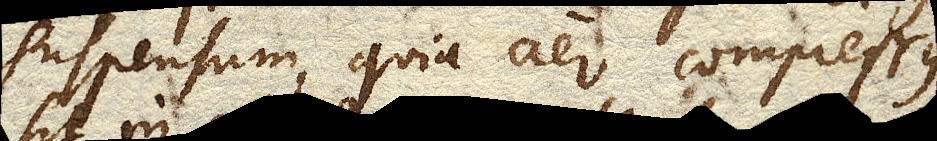
suspensum, quia aer compressus